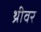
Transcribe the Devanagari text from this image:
थ्रीवर